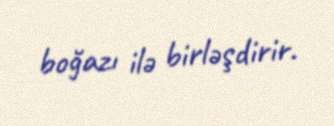
boğazı ilə birləşdirir.